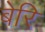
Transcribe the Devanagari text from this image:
बेरि